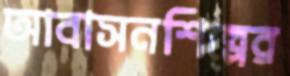
আবাসনশিল্পের